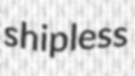
shipless